Civil Veterinary Department. United Provinces 1912-22 - 1912-1922
Year: 1912
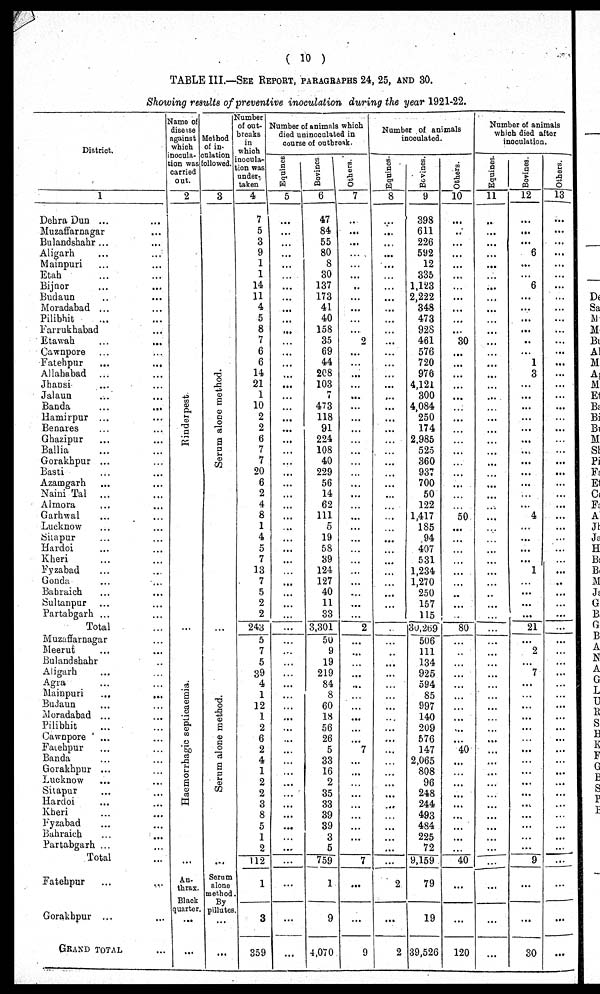
( 10 )
TABLE III.—SEE REPORT, PARAGRAPHS 24, 25, AND 30.
Showing results of preventive inoculation during the year 1921-22.
District.
1
Dehra Dun ... ...
Muzaffarnagar ...
Bulandshahr ... ...
Aligarh ... ...
Mainpuri ...
Etah ... ...
Bijnor ... ...
Budaun ... ...
Moradabad ... ...
Pilibhit ... ...
Farrukhabad ...
Etawah ... ...
Cawnpore ... ...
Fatehpur ... ...
Allahabad ... ...
Jhansi ... ...
Jalaun ... ...
Banda ... ...
Hamirpur ... ...
Benares ... ...
Ghazipur ... ...
Ballia ... ...
Gorakhpur ...
Basti ... ...
Azamgarh ... ...
Naini Tal ... ...
Almora ... ...
Garhwal ... ...
Lucknow ... ...
Sitapur ... ...
Hardoi ... ...
Kheri ... ...
Fyzabad ... ...
Gonda ... ...
Bahraich ... ...
Sultanpur ... ...
Partabgarh ...
Total ...
Muzaffarnagar ...
Meerut ... ...
Bulandshahr ...
Aligarh ... ...
Agra ... ...
Mainpuri ... ...
Budaun ... ...
Moradabad ...
Pilibhit ... ...
Cawnpore ... ...
Fatehpur ... ...
Banda ... ...
Gorakhpur ...
Lucknow ... ...
Sitapur ... ...
Hardoi ... ...
Kheri ... ...
Fyzabad ... ...
Bahraich ... ...
Partabgarh ... ...
Total ...
Fatehpur ... ...
Gorakhpur ... ...
GRAND TOTAL ...
Name of
disease
against
which
nocula-
tion was
carried
out.
2
Rinderpest.
...
Haemorrhagic septicaemia.
...
An-
thrax.
Black
quarter.
...
...
Method
of in-
---ation
followed.
3
Se r
um alone method.
...
Se r
um alone method.
...
Serum
alone
method.
By
pillutes.
...
...
Number
of out-
breaks
in
which
nocula-
tion was
under-
taken
4
7 5
3
9
1
1
14
11
4
5
8
7
6
6
14
21
1
10
2
2
6
7
7
20
6
2
4
8
1
4
5
7
13
7
5
2
2
243
5
7
5
39
4
1
12
1
2
6
2
4
1
2
2
3
8
5
1
2
112
1
3
359
Number of animals which
died uninoculated in
course of outbreak.
Equines
5
...
...
...
...
...
...
...
...
...
...
...
...
...
...
...
...
...
...
...
...
...
...
...
...
...
...
...
...
...
...
...
...
...
...
...
...
...
...
...
...
...
...
...
...
...
...
...
...
...
...
...
...
...
...
...
...
...
...
...
...
...
...
Bovines
6
47
84
55
80
8
30
137
173
41
40
158
35
69
44
208
103
7
473
118
91
224
108
40
229
56
14
62
111
5
19
58
39
124
127
40
11
33
3,301
50
9
19
219
84
8
60
18
56
26
5
33
16
2
35
33
39
39
3
5
759
1
9
4,070
Others.
7
...
...
...
...
...
...
...
...
...
...
...
2
...
...
...
...
...
...
...
...
...
...
...
...
...
...
...
...
...
...
...
...
...
...
...
...
...
2
...
...
...
...
...
...
...
...
...
...
7
...
...
...
...
...
...
...
...
7
...
...
9
Number of animals
inoculated.
Equines.
8
...
...
...
...
...
...
...
...
...
...
...
...
...
...
...
...
...
...
...
...
...
...
...
...
...
...
...
...
...
...
...
...
...
...
...
...
...
...
...
...
...
...
...
...
...
...
...
...
...
...
...
...
...
...
...
...
...
...
2
...
2
Bovines.
9
398
611
226
592
12
335
1,123
2,222
348
473
928
461
576
720
976
4,121
300
4,084
250
174
2,985
525
360
937
700
50
122
1,417
185
94
407
531
1,234
1,270
250
157
115
30,269
506
111
134
925
594
85
997
140
209
576
147
2,065
808
96
248
244
493
484
225
72
9,159
79
19
39,526
Others.
10
...
...
...
...
...
...
...
...
...
...
...
30
...
...
...
...
...
...
...
...
...
...
...
...
...
...
...
50
...
...
...
...
...
...
...
...
...
80
...
...
...
...
...
...
...
...
...
...
40
...
...
...
...
...
...
...
...
...
40
...
...
120
Number of animals
which died after
inoculation.
Equines.
11
...
...
...
...
...
...
...
...
...
...
...
...
...
...
...
...
...
...
...
...
...
...
...
...
...
...
...
...
...
...
...
...
...
...
...
...
...
...
...
...
...
...
...
...
...
...
...
...
...
...
...
...
...
...
...
...
...
...
...
...
...
...
Bovines.
12
...
...
...
6
...
...
6
...
...
...
...
..
...
1
3
...
...
...
...
...
...
...
...
...
...
...
...
4
...
...
...
...
1
...
...
...
...
21
...
2
...
7
...
...
...
...
...
...
...
...
...
...
...
...
...
...
...
...
9
...
...
30
Others.
13
...
...
...
...
...
...
...
...
...
...
...
...
...
...
...
...
...
...
...
...
...
...
...
...
...
...
...
...
...
...
...
...
...
...
...
...
...
...
...
...
...
...
...
...
...
...
...
...
...
...
...
...
...
...
...
...
...
...
...
...
...
...